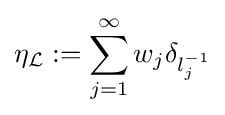
\eta _{\mathcal {L}}:=\sum _{j=1}^{\infty }w_{j}\delta _{l_{j}^{-1}}